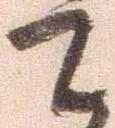
て